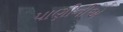
પાણીનીએ